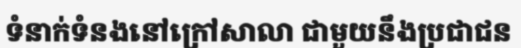
ទំនាក់ទំនងនៅក្រៅសាលា ជាមួយនឹងប្រជាជន